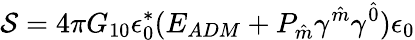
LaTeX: {\cal S}=4\pi G_{10}\epsilon_{0}^{\ast}(E_{ADM}+P_{\hat{m}}\gamma^{\hat{m}}\gamma^{\hat{0}})\epsilon_{0}